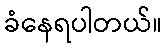
ခံနေရပါတယ်။